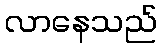
လာနေသည်